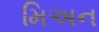
મિઅન